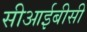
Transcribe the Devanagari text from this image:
सीआईबीसी